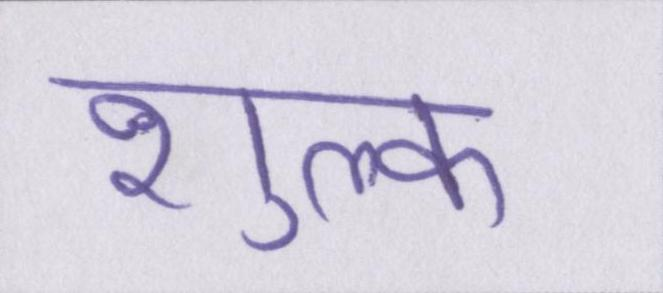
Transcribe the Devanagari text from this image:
शुल्क